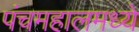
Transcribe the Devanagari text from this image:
पंचमहालमध्ये